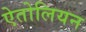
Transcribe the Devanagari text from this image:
ऐतोलियन